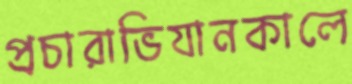
প্রচারাভিযানকালে